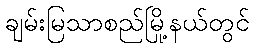
ချမ်းမြသာစည်မြို့နယ်တွင်